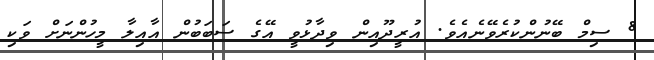
8 ސިމް ބޭނުންކުރެވޭނެއެވެ. އުރީދޫއިން ވިދާޅުވީ އޭގެ ސަބަބުން އާއިލާ މީހުންނަށް ވަކި